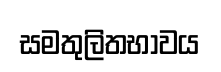
සමතුලිතභාවය